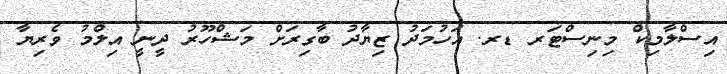
އިސްލާމިކް މިނިސްޓަރ ޑރ. އަހުމަދު ޒިޔާދު ބާގިރަށް މަޝްހޫރު ދީނީ އިލްމު ވެރިޔާ